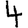
Digit: 4